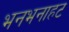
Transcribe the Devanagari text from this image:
भनभनाहट